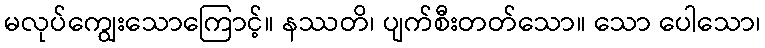
မလုပ်ကျွေးသောကြောင့်။ နဿတိ၊ ပျက်စီးတတ်သော။ သော ပေါသော၊